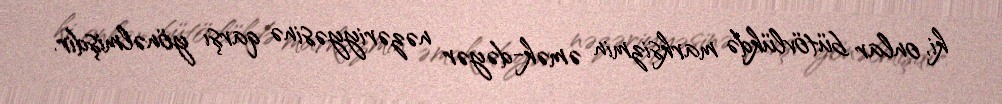
ki, onlar bütövlükdə marksizmin əmək-dəyər nəzəriyyəsinə qarşı yönəlmişdir.